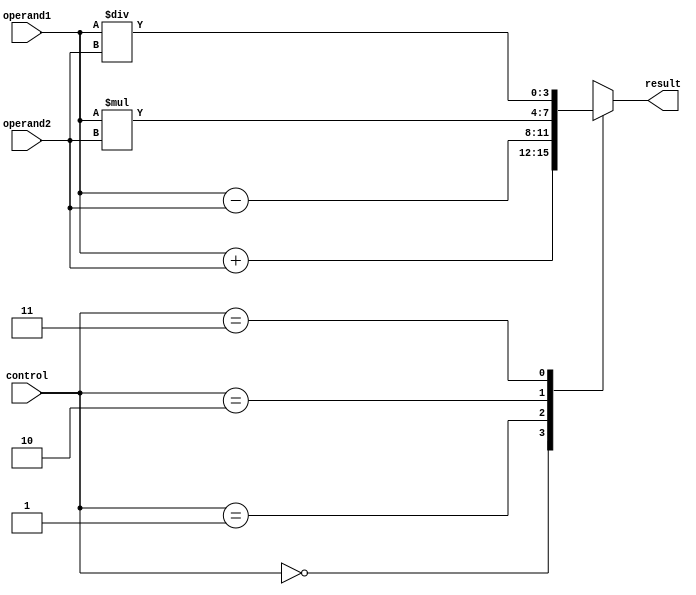
module ALU_4bit (
    input [3:0] operand1,
    input [3:0] operand2,
    input [1:0] control,
    output reg [3:0] result
);

always @(*)
begin
    case(control)
        2'b00: result = operand1 + operand2; // adder
        2'b01: result = operand1 - operand2; // subtractor
        2'b10: result = operand1 * operand2; // multiplier
        2'b11: result = operand1 / operand2; // divider
    endcase
end

endmodule